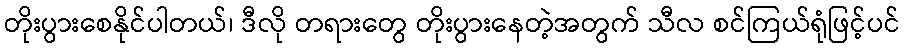
တိုးပွားစေနိုင်ပါတယ်၊ ဒီလို တရားတွေ တိုးပွားနေတဲ့အတွက် သီလ စင်ကြယ်ရုံဖြင့်ပင်